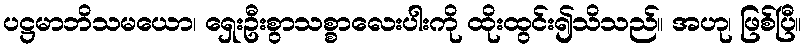
ပဋ္ဌမာဘိသမယော၊ ရှေးဦးစွာသစ္စာလေးပါးကို ထိုးထွင်း၍သိသည်။ အဟု၊ ဖြစ်ပြီ။